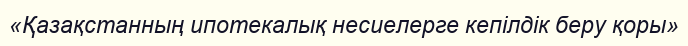
«Қазақстанның ипотекалық несиелерге кепілдік беру қоры»